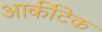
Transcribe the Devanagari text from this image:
आर्कीटेक